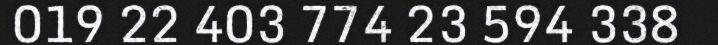
019 22 403 774 23 594 338